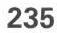
235